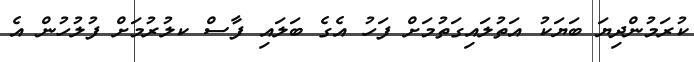
ކުރަމުންދިޔަ ބަޔަކު އަތުލައިގަތުމަށް ފަހު އެގެ ބަލައި ފާސް ކލުރުމަށް ފުލުހުން އެ